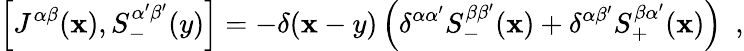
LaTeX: \left[J^{\alpha\beta}(\mathbf{x}),S_{-}^{\alpha^{\prime}\beta^{\prime}}(y)\right]=-\delta(\mathbf{x}-y)\left(\delta^{\alpha\alpha^{\prime}}S_{-}^{\beta\beta^{\prime}}(\mathbf{x})+\delta^{\alpha\beta^{\prime}}S_{+}^{\beta\alpha^{\prime}}(\mathbf{x})\right)~~,